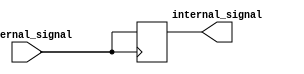
module ECL_buffer (
    input wire external_signal,
    output reg internal_signal
);

// ECL buffer implementation
always @(posedge external_signal)
internal_signal <= external_signal;

endmodule